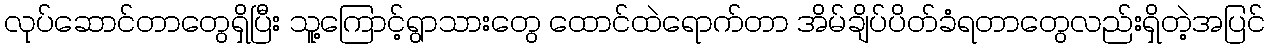
လုပ်ဆောင်တာတွေရှိပြီး သူ့ကြောင့်ရွာသားတွေ ထောင်ထဲရောက်တာ အိမ်ချိပ်ပိတ်ခံရတာတွေလည်းရှိတဲ့အပြင်